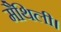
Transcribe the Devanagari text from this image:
मैथिली।